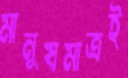
মানুষমাত্রই